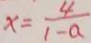
x = \frac { 4 } { 1 - a }